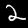
Label: 2